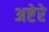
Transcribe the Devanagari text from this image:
अष्टेरे